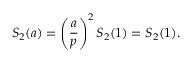
S _ { 2 } ( a ) = \left( { \frac { a } { p } } \right) ^ { 2 } S _ { 2 } ( 1 ) = S _ { 2 } ( 1 ) .